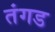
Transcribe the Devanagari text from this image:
तंगड